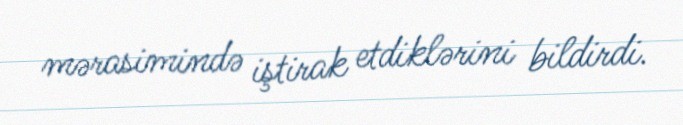
mərasimində iştirak etdiklərini bildirdi.